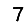
Digit: 7